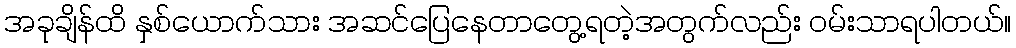
အခုချိန်ထိ နှစ်ယောက်သား အဆင်ပြေနေတာတွေ့ရတဲ့အတွက်လည်း ဝမ်းသာရပါတယ်။